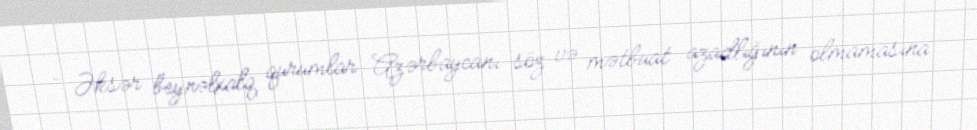
- Əksər beynəlxalq qurumlar Azərbaycanı söz və mətbuat azadlığının olmamasına